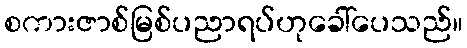
စကားဇာစ်မြစ်ပညာရပ်ဟုခေါ်ပေသည်။